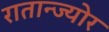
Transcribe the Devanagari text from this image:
रातान्ज्योर